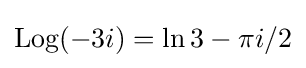
\operatorname {Log} (-3i)=\ln 3-\pi i/2